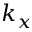
k _ { x }